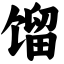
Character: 馏